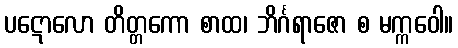
ပဋောလော တိတ္တကော စာထ၊ ဘိင်္ဂရာဇော စ မက္ကဝေါ။